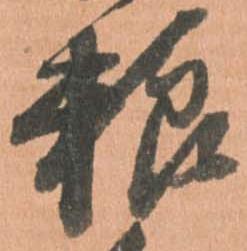
粮